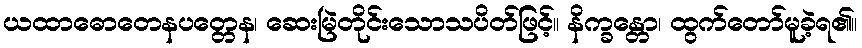
ယထာဓောတေနပတ္တေန၊ ဆေးမြဲတိုင်းသောသပိတ်ဖြင့်။ နိက္ခန္တော၊ ထွက်တော်မူခဲ့ရ၏။